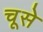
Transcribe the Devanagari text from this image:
चूसे